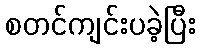
စတင်ကျင်းပခဲ့ပြီး